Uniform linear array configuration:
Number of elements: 64
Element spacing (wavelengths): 0.5
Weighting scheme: kaiser
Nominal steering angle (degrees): -45
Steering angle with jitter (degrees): -45.57
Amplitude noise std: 0.05
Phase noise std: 0.05

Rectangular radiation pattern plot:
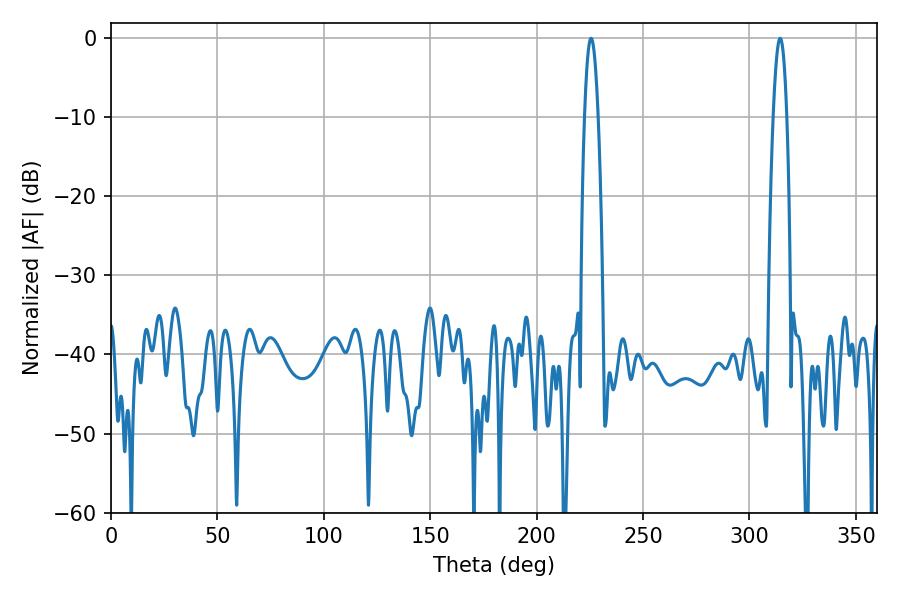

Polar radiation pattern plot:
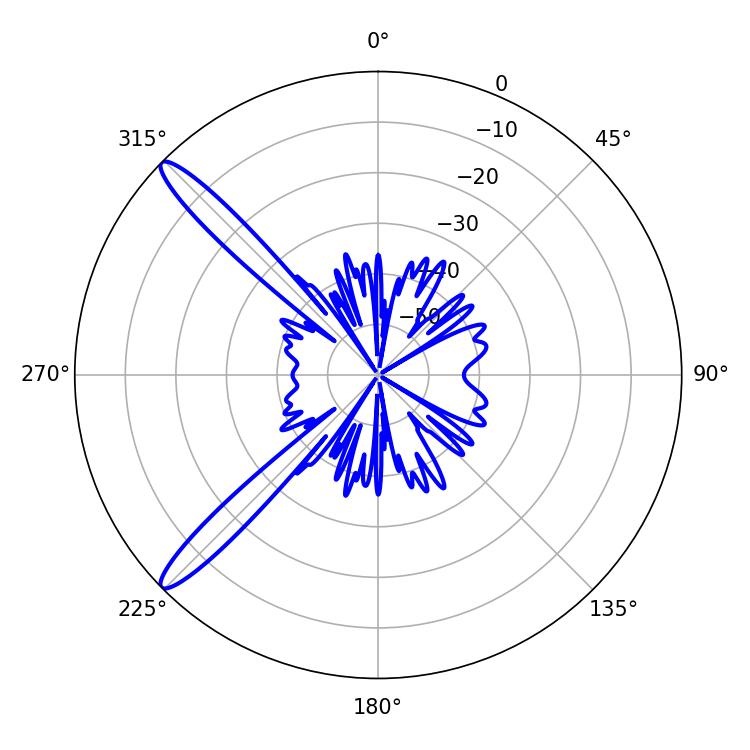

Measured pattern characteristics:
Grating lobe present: FALSE
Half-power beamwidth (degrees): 3.42
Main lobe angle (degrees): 225.54